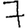
Digit: 7